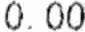
0.00